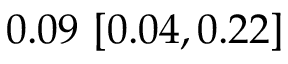
0 . 0 9 \ [ 0 . 0 4 , 0 . 2 2 ]